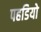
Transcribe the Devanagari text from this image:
पहडियो